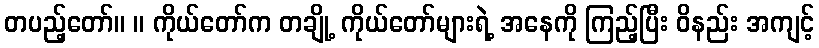
တပည့်တော်။ ။ ကိုယ်တော်က တချို့ ကိုယ်တော်များရဲ့ အနေကို ကြည့်ပြီး ဝိနည်း အကျင့်